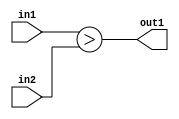
`timescale 1ps / 1ps
/*****************************************************************************
    Verilog RTL Description
    
    
    Created by: Stratus DpOpt 2019.1.01 
*******************************************************************************/

module dut_LessThan_8Ux8U_1U_4 (
	in2,
	in1,
	out1
	); /* architecture "behavioural" */ 
input [7:0] in2,
	in1;
output  out1;
wire  asc001;

assign asc001 = (in1>in2);

assign out1 = asc001;
endmodule

/* CADENCE  urj4SgE= : u9/ySgnWtBlWxVPRXgAZ4Og= ** DO NOT EDIT THIS LINE ******/